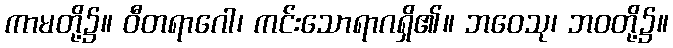
ကာမတို့၌။ ဝီတရာဂေါ၊ ကင်းသောရာဂရှိ၏။ ဘဝေသု၊ ဘဝတို့၌။